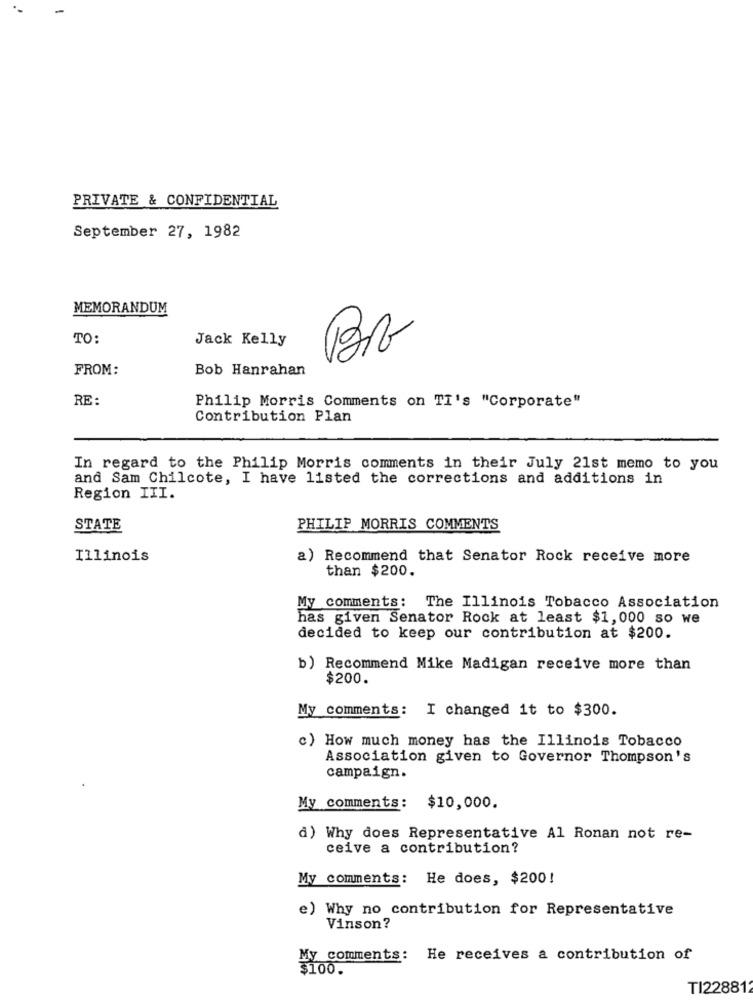
PRIVATE & CONFIDENTIAL
September 27, 1982
MEMORANDUM
TO:
Jack Kelly
FROM:
Bob Hanrahan
RE :
Philip Morris Comments on TI's "Corporate"
Contribution Plan
In regard to the Philip Morris comments in their July 21st memo to you
and Sam Chilcote, I have listed the corrections and additions in
Region III.
STATE
PHILIP MORRIS COMMENTS
Illinois
a) Recommend that Senator Rock receive more
than $200.
My comments: The Illinois Tobacco Association
has given Senator Rock at least $1,000 so we
decided to keep our contribution at $200.
b) Recommend Mike Madigan receive more than
$200.
My comments: I changed it to $300.
c) How much money has the Illinois Tobacco
Association given to Governor Thompson's
campaign.
My comments: $10,000.
d) Why does Representative Al Ronan not re-
ceive a contribution?
My comments: He does, $200!
e) Why no contribution for Representative
Vinson?
My comments: He receives a contribution of
$100.
TI228812